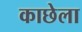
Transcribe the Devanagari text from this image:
काछेला